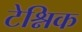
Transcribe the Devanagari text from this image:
टेश्निक